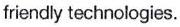
friendly technologies.